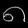
Digit: ၈